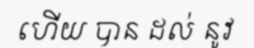
ហើយ បាន ដល់ នូវ